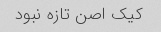
کیک اصن تازه نبود